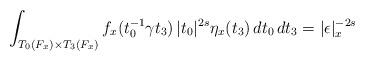
LaTeX: \begin{align*} \int_{ T_0(F_x) \times T_3(F_x) } f_x(t_0^{-1} \gamma t_3) \, |t_0|^{2s} \eta_x(t_3)\, dt_0\, dt_3 = | \epsilon |_x^{-2s}\end{align*}